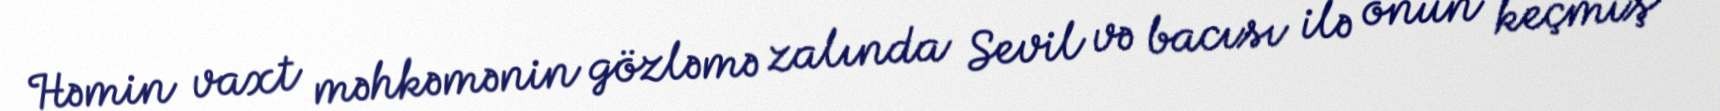
Həmin vaxt məhkəmənin gözləmə zalında Sevil və bacısı ilə onun keçmiş